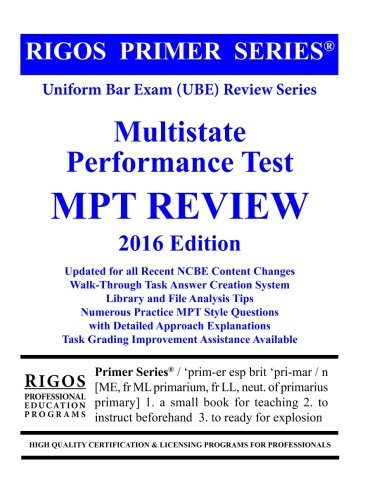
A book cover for Rigos Primer Series Uniform Bar Exam (UBE) Review - MPT: 2016 Edition; Mr. James J. Rigos; Test Preparation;